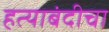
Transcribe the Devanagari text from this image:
हत्याबंदीचा